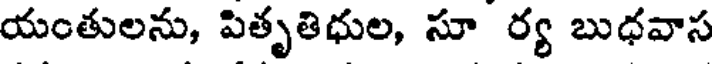
యంతులను, పితృతిధుల, సూ ర్య బుధవాస